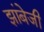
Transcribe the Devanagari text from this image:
झांबेजी